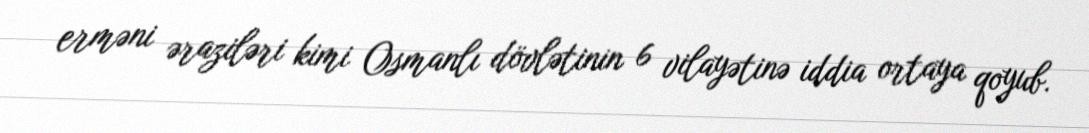
erməni əraziləri kimi Osmanlı dövlətinin 6 vilayətinə iddia ortaya qoyub.